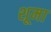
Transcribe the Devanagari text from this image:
शूमा